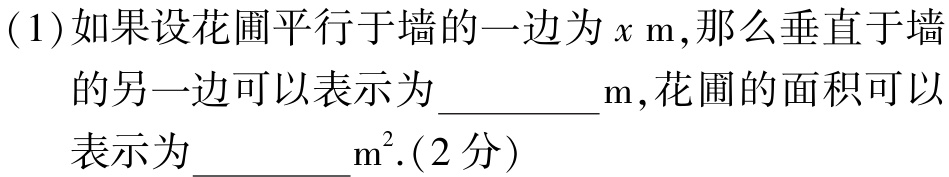
(1)如果设花圃平行于墙的一边为\(x\mathrm{\ m}\)，那么垂直于墙的另一边可以表示为__________\(\mathrm{m}\)，花圃的面积可以表示为__________\(\mathrm{m}^2\).(2分）